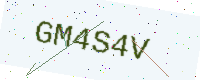
Text: GM4S4V